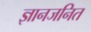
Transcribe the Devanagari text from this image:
ज्ञानजनित